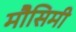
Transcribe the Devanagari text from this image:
मौसिमी